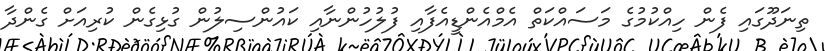
ތިނަދޫގައި ފެން ހިއްކުމުގެ މަސައްކަތް އެމްއެންޑީއެފާއި ފުލުހުންނާއި ކައުންސިލުން ގުޅިގެން ކުރިއަށް ގެންދާ